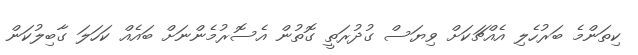
ކިތަންމެ ބަރުހެލި އެއްޗަކަށް ވިޔަސް ގުދުރަތީ ގޮތުން އެސޮރުމެންނަށް ބައެއް ކަހަލަ ގާބިލުކަން